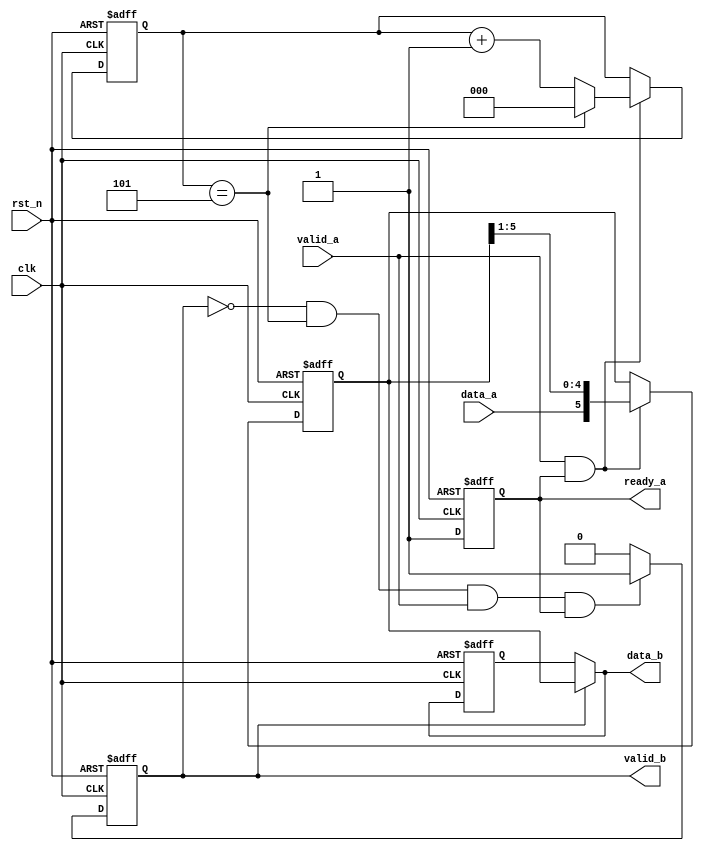

module verified_serial2parallel(
    input               clk         ,   
    input               rst_n       ,
    input               valid_a     ,
    input               data_a      ,
 
    output  reg            ready_a     ,
    output  reg         valid_b     ,
    output      [5:0]   data_b
);

always @(posedge clk or negedge rst_n) begin
    if (!rst_n) begin
        ready_a <= 1'b0;
    end
    else 
        ready_a <= 1'b1;
 end

reg [2:0]cnt;
reg [5:0]data_t,data_t1;
always @(posedge clk or negedge rst_n) begin
    if (!rst_n) begin
        // reset
        data_t <= 'd0;
        cnt <= 'd0;
    end
    else if (valid_a && ready_a) begin

        data_t <= {data_a,data_t[5:1]};


        if(cnt == 'd5)begin
            cnt <= 'd0;
        end
        else begin
            cnt <= cnt + 1'b1;
        end
    end
end

always @(posedge clk or negedge rst_n) begin
    if (!rst_n) begin
        valid_b <= 'd0;
    end
    else if (valid_b== 1'b0 && cnt == 'd5 && valid_a && ready_a) begin
        valid_b <= 'd1;
       
    end
    else begin
        valid_b <= 'd0;
        
    end
end

always @(posedge clk or negedge rst_n) begin
    if (!rst_n) begin
        data_t1 <= 'd0;
    end
    else if (valid_b) begin
        data_t1 <= data_t;   
    end
end

assign data_b = valid_b ? data_t : data_t1;
endmodule